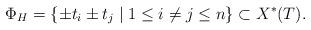
LaTeX: \begin{align*} \Phi_H = \{ \pm t_i \pm t_j \mid 1\leq i\neq j\leq n\}\subset X^*(T).\end{align*}